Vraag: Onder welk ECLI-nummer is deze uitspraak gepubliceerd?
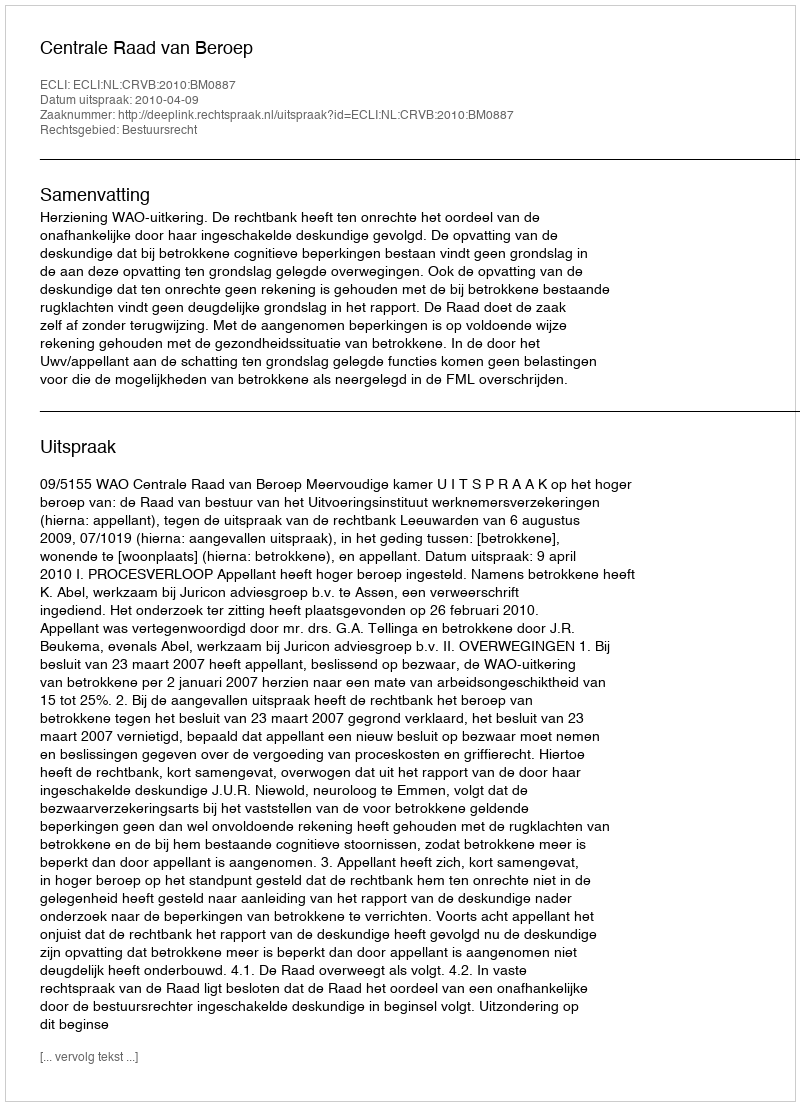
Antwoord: ECLI:NL:CRVB:2010:BM0887